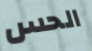
الحس